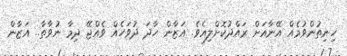
ހިނިތުންވުމެއް އޭނާއަށް ރައްދުކޮށްލިއެވެ. އަޒާން ހާދަ ދުވަހެއް ވެއްޖޭ ދިމާ ނުވާތާ.. އަޒާން